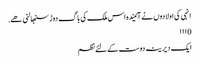
انہی کی اولادوں نے آئیندہ اس ملک کی باگ دوڑ سنبھالنی ھے.
0 ۱۱۱
ایک دیرینہ دوست کےلئے نظم